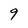
Character: 9